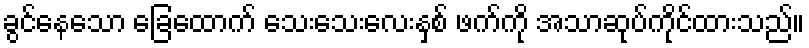
ခွင်နေသော ခြေထောက် သေးသေးလေးနှစ် ဖက်ကို အသာဆုပ်ကိုင်ထားသည်။